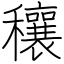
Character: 穰